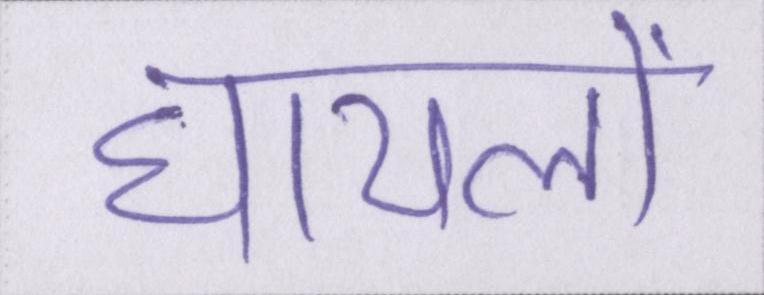
घायलों